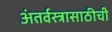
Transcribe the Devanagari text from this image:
अंतर्वस्त्रासाठीची